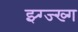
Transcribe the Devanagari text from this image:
झ्ग्ज्ख्ग